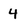
Character: 4